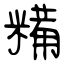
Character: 糒